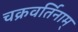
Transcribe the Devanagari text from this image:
चक्रवर्तिनाम्